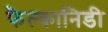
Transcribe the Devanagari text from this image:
फैल्कानिडी